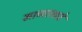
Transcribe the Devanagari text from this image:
माणासाचे